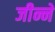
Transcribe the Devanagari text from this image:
जीन्ने